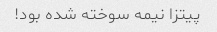
پیتزا نیمه سوخته شده بود!